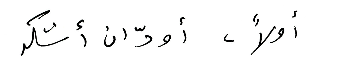
أولاً، أودّ ان أشكر